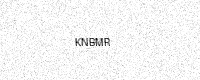
Text: KNBMR